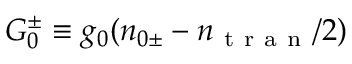
G _ { 0 } ^ { \pm } \equiv g _ { 0 } ( n _ { 0 \pm } - n _ { \mathrm { ~ t ~ r ~ a ~ n ~ } } / 2 )